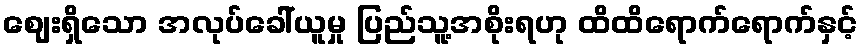
ဈေးရှိသော အလုပ်ခေါ်ယူမှု ပြည်သူ့အစိုးရဟု ထိထိရောက်ရောက်နှင့်